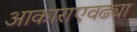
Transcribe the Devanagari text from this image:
आकाराएवढ्या